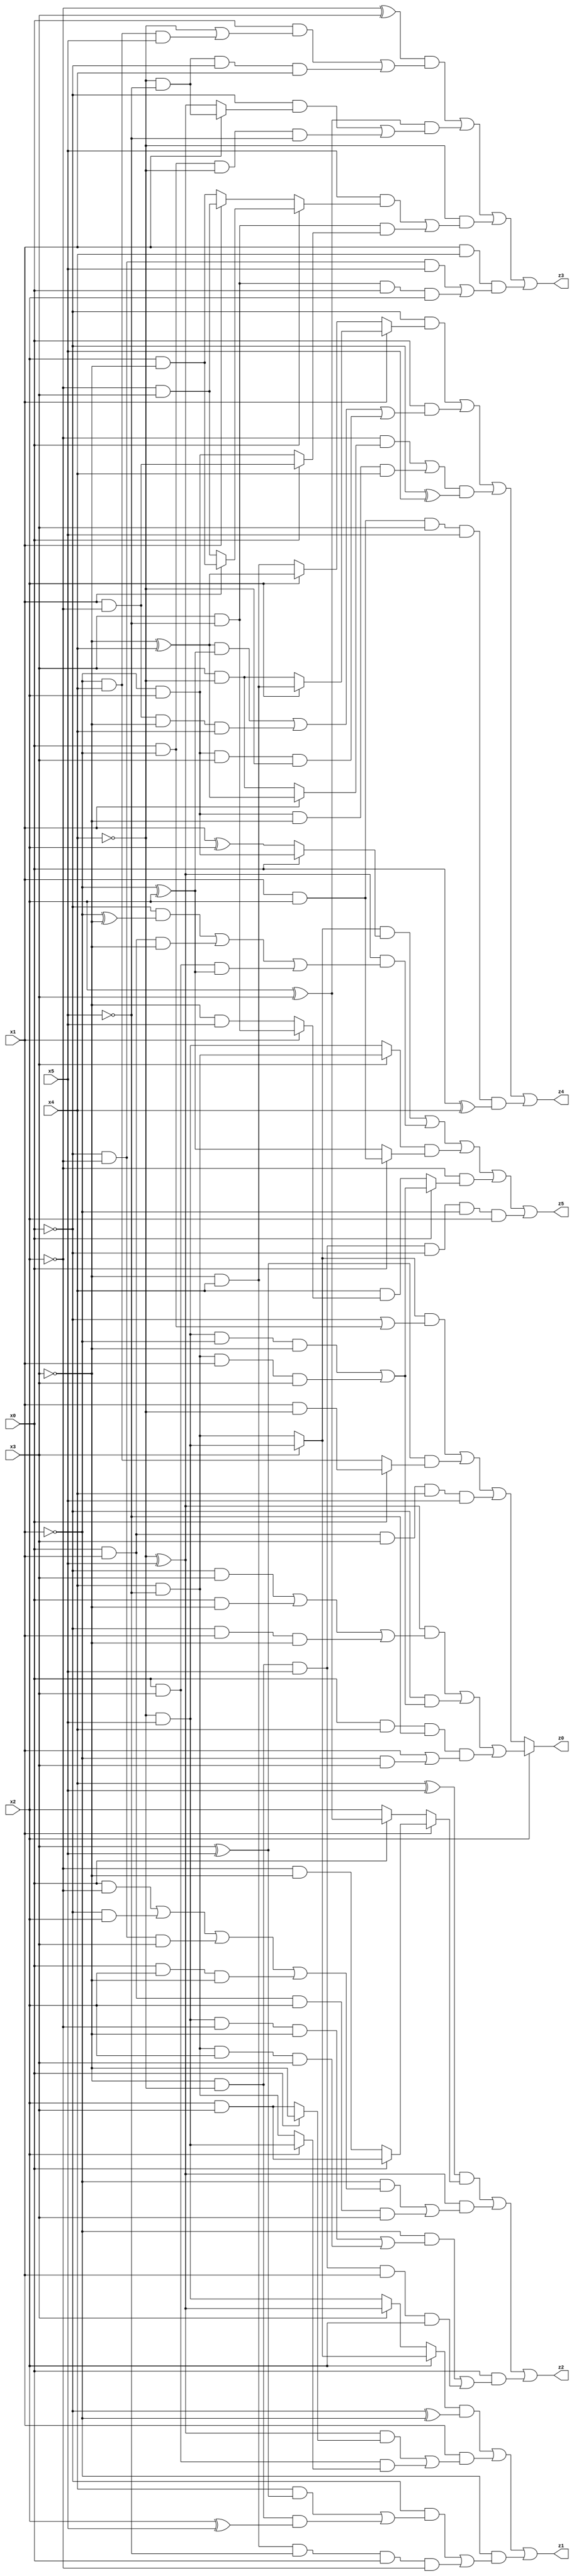
// Benchmark "X_46" written by ABC on Wed Jun 07 23:39:09 2023

module X_46 ( 
    x0, x1, x2, x3, x4, x5,
    z0, z1, z2, z3, z4, z5  );
  input  x0, x1, x2, x3, x4, x5;
  output z0, z1, z2, z3, z4, z5;
  assign z0 = x2 ? (((~x4 ^ x5) & ((~x0 & x3) | (x0 & ~x3) | (~x0 & x1 & ~x3))) | (~x0 & ((~x4 & x5 & ~x1 & ~x3) | (x4 & ~x5 & x1 & x3))) | (x0 & x4 & ~x5 & (x1 | (~x1 & x3)))) : (((x3 ? (~x4 & x5) : (x4 & ~x5)) & (~x0 | (x0 & ~x1))) | ((x3 ^ x5) & (x0 ? (x1 & ~x4) : (~x1 & x4))) | (x0 & x1 & x3 & x4 & x5));
  assign z1 = ((x2 ? (x3 ? (~x4 & x5) : (x4 & ~x5)) : (x3 ? (~x4 ^ x5) : (~x4 & x5))) & (~x0 ^ ~x1)) | (x1 & (((~x4 ^ x5) & (x0 ? ~x3 : (x2 & x3))) | (x0 & x3 & (x2 ? (~x4 & x5) : (x4 & ~x5))))) | (~x1 & ((~x0 & ((x4 & (x3 ^ x5)) | (~x3 & ~x4 & (x2 ^ x5)))) | (~x3 & x4 & ~x5 & x0 & ~x2)));
  assign z2 = ((x4 ^ x5) & (x1 ? (x0 ? (x2 & x3) : (~x2 & ~x3)) : (x0 ? (x2 ^ x3) : x2))) | ((~x4 ^ x5) & ((~x1 & ((x0 & ~x2) | (~x0 & x2) | (~x0 & ~x2 & x3) | (x0 & x2 & ~x3))) | (x0 & x1 & x2 & x3))) | (x0 & ((~x1 & ((~x4 & x5 & ~x2 & ~x3) | (x4 & ~x5 & x2 & x3))) | (~x3 & ~x4 & x5 & x1 & x2)));
  assign z3 = ((~x2 ^ x3) & ((x0 & (~x4 | (~x1 & x4 & x5))) | (~x4 & ~x5 & ~x0 & x1))) | ((x2 ^ x3) & ((~x0 & (x1 ? (~x4 & ~x5) : (~x4 ^ x5))) | (x0 & ~x1 & ~x4 & ~x5))) | (~x4 & ((x5 & (x0 ? (x1 ? (x2 & ~x3) : (~x2 & x3)) : (x1 ? (~x2 & x3) : (x2 & ~x3)))) | (x3 & ~x5 & (x0 ? (x1 & ~x2) : (~x1 & x2))))) | (x1 & x4 & ((~x0 & ~x2 & x5) | (x3 & ~x5 & x0 & x2)));
  assign z4 = (~x0 & (x1 ? (x2 ? (~x3 & x4) : (x3 & ~x4)) : (x2 ? (~x3 ^ x4) : (~x3 & x4)))) | (x0 & (((~x3 ^ x4) & (~x1 ^ x2)) | (x1 & ~x2 & ~x3 & x4) | (~x1 & x2 & x3 & ~x4))) | (((~x2 & (x1 ? (~x3 ^ x4) : (x3 & ~x4))) | (~x1 & x2 & ~x3 & x4)) & (~x0 ^ x5)) | (x1 & x2 & x3 & x5 & (x0 ^ x4));
  assign z5 = ((x3 ? (~x4 & x5) : (x4 & ~x5)) & (x0 ? (~x1 & x2) : (x1 ^ x2))) | ((~x4 ^ x5) & ((~x0 & (~x1 ^ ~x3)) | (x0 & x1 & ~x3) | (x0 & x3 & (~x1 ^ x2)))) | ((x3 ? (x4 & ~x5) : (~x4 & x5)) & (x0 ? (x1 & x2) : (~x1 ^ x2))) | (~x2 & (x0 ? ((~x4 & x5 & ~x1 & ~x3) | (x4 & ~x5 & x1 & x3)) : (x4 & (x1 ? (x3 & ~x5) : (~x3 & x5))))) | (~x3 & ~x4 & x5 & ~x0 & ~x1 & x2);
endmodule